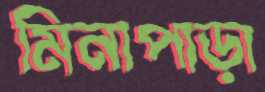
মিনাপাড়া